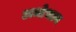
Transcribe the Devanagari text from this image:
अधोभाव